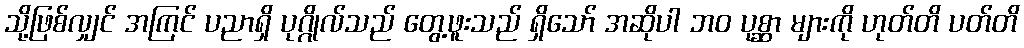
သို့ဖြစ်လျှင် အကြင် ပညာရှိ ပုဂ္ဂိုလ်သည် တွေ့ဖူးသည် ရှိသော် အဆိုပါ ဘဝ ပုစ္ဆာ များကို ဟုတ်တိ ပတ်တိ